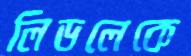
লিডলেকে